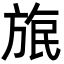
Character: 𣃹